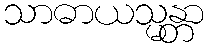
သာဓာယသ္မန္တာ